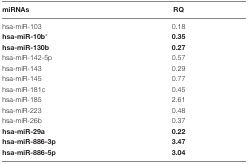
| miRNAs | RQ |
 | --- | --- |
 | hsa-miR-103 | 0.18 |
 | hsa-miR-10b* | 0.35 |
 | hsa-miR-130b | 0.27 |
 | hsa-miR-142-5p | 0.57 |
 | hsa-miR-143 | 0.29 |
 | hsa-miR-145 | 0.77 |
 | hsa-miR-181c | 0.45 |
 | hsa-miR-185 | 2.61 |
 | hsa-miR-223 | 0.48 |
 | hsa-miR-26b | 0.37 |
 | hsa-miR-29a | 0.22 |
 | hsa-miR-886-3p | 3.47 |
 | hsa-miR-886-5p | 3.04 |